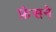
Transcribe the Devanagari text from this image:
फ़ंसने